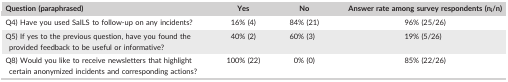
<table><thead><tr><td><b>Question (paraphrased)</b></td><td><b>Yes</b></td><td><b>No</b></td><td><b>Answer rate among survey respondents (n<sub>i</sub>/n)</b></td></tr></thead><tbody><tr><td>Q4) Have you used SaILS to follow‐up on any incidents?</td><td>16% (4)</td><td>84% (21)</td><td>96% (25/26)</td></tr><tr><td>Q5) If yes to the previous question, have you found the provided feedback to be useful or informative?</td><td>40% (2)</td><td>60% (3)</td><td>19% (5/26)</td></tr><tr><td>Q8) Would you like to receive newsletters that highlight certain anonymized incidents and corresponding actions?</td><td>100% (22)</td><td>0% (0)</td><td>85% (22/26)</td></tr></tbody></table>